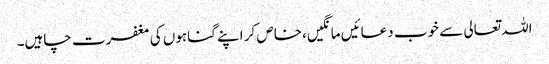
اللہ تعالی سے خوب دعائیں مانگیں،خاص کر اپنے گناہوں کی مغفرت چاہیں۔